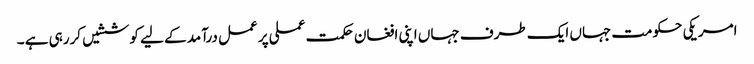
امریکی حکومت جہاں ایک طرف جہاں اپنی افغان حکمت عملی پر عمل درآمد کے لیے کوششیں کررہی ہے ۔